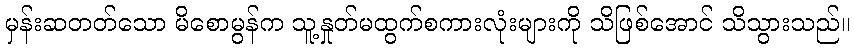
မှန်းဆတတ်သော မိစောမွန်က သူ့နှုတ်မထွက်စကားလုံးများကို သိဖြစ်အောင် သိသွားသည်။